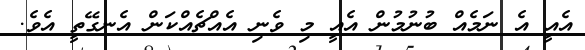
އެއީ އެ ނަމެއް ބުނުމުން އެއީ މި ވެނި އެއްޗެއްކަން އެނގޭތީ އެވެ.